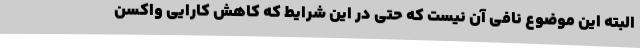
البته این موضوع نافی آن نیست که حتی در این شرایط که کاهش کارایی واکسن